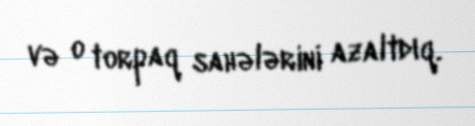
və o torpaq sahələrini azaltdıq.